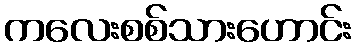
ကလေးစစ်သားဟောင်း